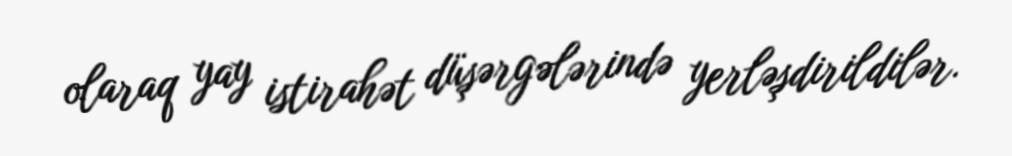
olaraq yay istirahət düşərgələrində yerləşdirildilər.